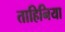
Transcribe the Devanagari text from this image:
ताहिनिया